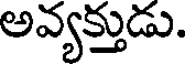
అవ్యక్తుడు.